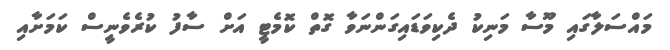
މައްސަލާގައި މޫސާ މަނިކު ދެކިވަޑައިގަންނަވާ ގޮތް ކޮމެޓީ އަށް ސާފު ކުރެވެނީސް ކަމަށާއި